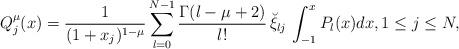
LaTeX: \begin{align*}Q_j^\mu(x)=\frac{1}{(1+x_j)^{1-\mu}}\sum_{l=0}^{N-1} \frac{\Gamma(l-\mu+2)}{l!}\, \breve\xi_{lj}\, \int_{-1}^x P_l(x) dx, 1\le j\le N, \end{align*}